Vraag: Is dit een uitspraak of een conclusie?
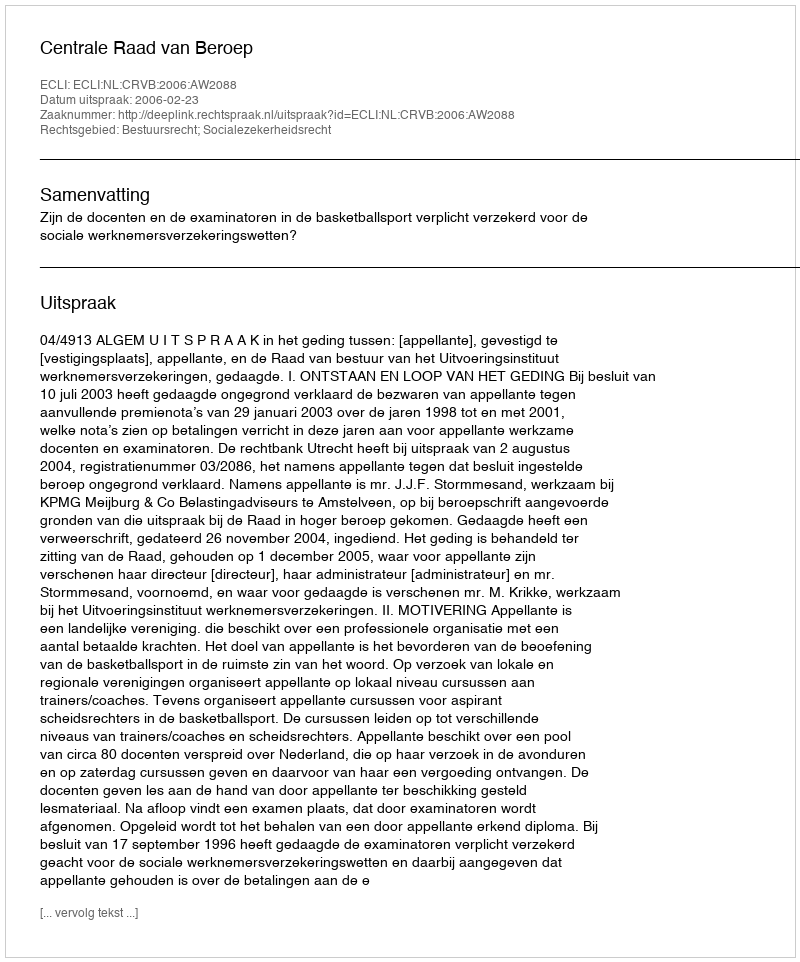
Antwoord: Uitspraak